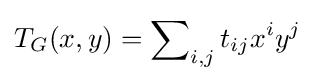
T_{G}(x,y)=\sum \nolimits _{i,j}t_{ij}x^{i}y^{j}